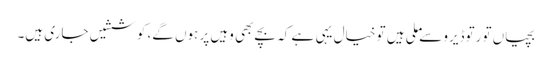
بچیاں تو رتوڈیرو سے ملی ہیں تو خیال یہی ہے کہ بچے بھی وہیں پر ہوں گے، کوششیں جاری ہیں۔